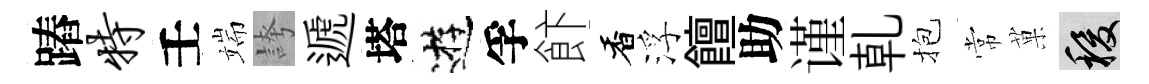
蹖特壬端誇遞塔逰孚飰香浮饘助谨乹抱常菓稷